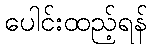
ပေါင်းထည့်ရန်